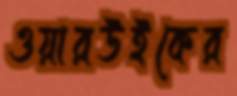
ওয়ারউইকের